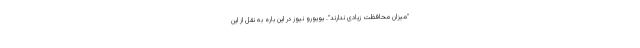
"میزان محافظت زیادی ندارند". یویورو نیوز در این باره به نقل از این